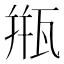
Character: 甁